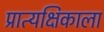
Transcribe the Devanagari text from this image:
प्रात्यक्षिकाला